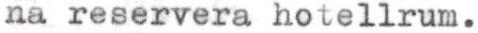
na reservera hotellrum.